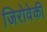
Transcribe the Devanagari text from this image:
जिरोवेकी